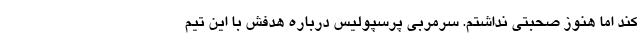
کند اما هنوز صحبتی نداشتم. سرمربی پرسپولیس درباره هدفش با این تیم